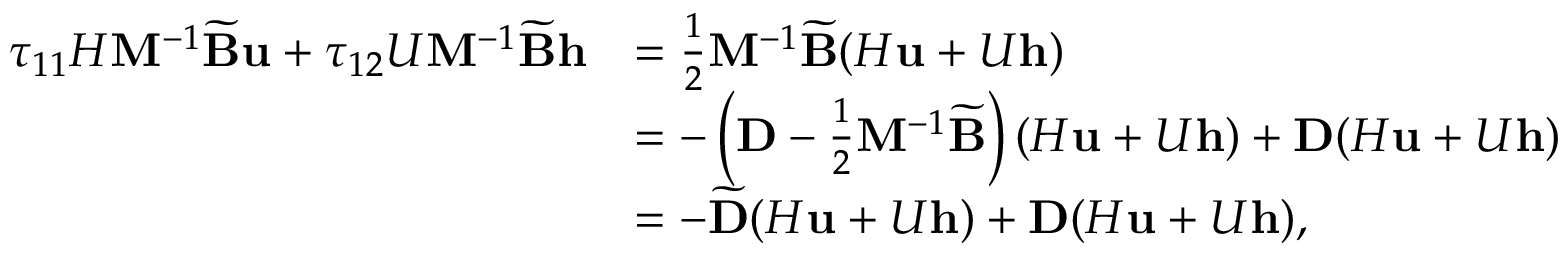
\begin{array} { r l } { \tau _ { 1 1 } H \mathbf { M } ^ { - 1 } \widetilde { \mathbf { B } } \mathbf { u } + \tau _ { 1 2 } U \mathbf { M } ^ { - 1 } \widetilde { \mathbf { B } } \mathbf { h } } & { = \frac { 1 } { 2 } \mathbf { M } ^ { - 1 } \widetilde { \mathbf { B } } ( H \mathbf { u } + U \mathbf { h } ) } \\ & { = - \left( \mathbf { D } - \frac { 1 } { 2 } \mathbf { M } ^ { - 1 } \widetilde { \mathbf { B } } \right) ( H \mathbf { u } + U \mathbf { h } ) + \mathbf { D } ( H \mathbf { u } + U \mathbf { h } ) } \\ & { = - \widetilde { \mathbf { D } } ( H \mathbf { u } + U \mathbf { h } ) + \mathbf { D } ( H \mathbf { u } + U \mathbf { h } ) , } \end{array}